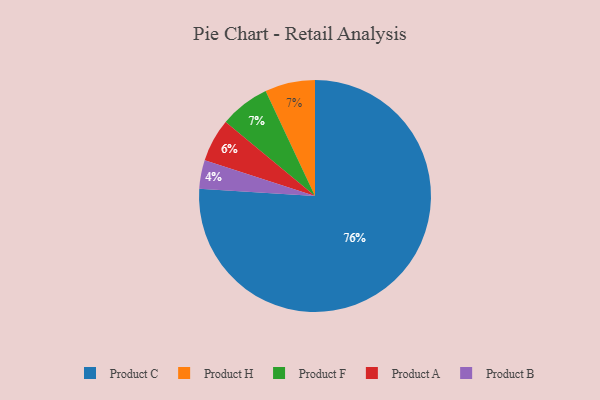
{"axis": {"x": "Category", "y": "Percentage"}, "legend": ["Product A", "Product B", "Product C", "Product F", "Product H"], "data": [{"x": "Product H", "y": 7, "type": "Product H"}, {"x": "Product B", "y": 4, "type": "Product B"}, {"x": "Product C", "y": 76, "type": "Product C"}, {"x": "Product A", "y": 6, "type": "Product A"}, {"x": "Product F", "y": 7, "type": "Product F"}]}